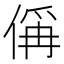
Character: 偁